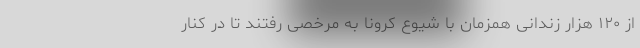
از ۱۲۰ هزار زندانی همزمان با شیوع کرونا به مرخصی رفتند تا در کنار